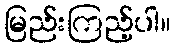
မြည်းကြည့်ပါ။